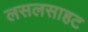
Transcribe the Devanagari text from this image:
लसलसाहट